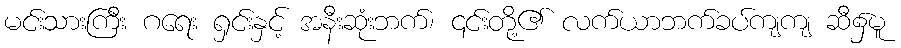
မင်းသားကြီး ဂရေး ရှင်းနှင့် အနီးဆုံးဘက်၊ ၎င်းတို့၏ လက်ယာဘက်ခပ်ကျကျ ဆီ၌မူ